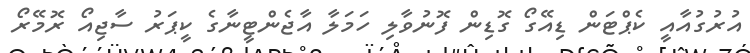
އުރުގުއާއީ ކެޕްޓަން ޑިއޭގޯ ގޮޑިން ފޮނުވާލި ހަމަލާ އާޖެންޓީނާގެ ކީޕަރު ސާޖިއޯ ރޮމޭރޯ